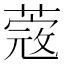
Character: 蔲